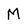
Character: M